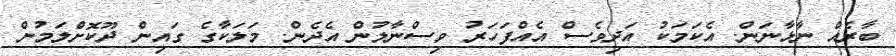
ބާރެއް ނާޅާނަން. އެކަމަކު އަދިވެސް އެއްފަހަރު ވިސްނާލުން އެދެން. މަލަކާގެ ގައިން ދޫކޮށްލަމުން